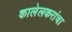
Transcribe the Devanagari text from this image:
कालेलकरांचा